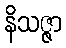
နိသဇ္ဇာ